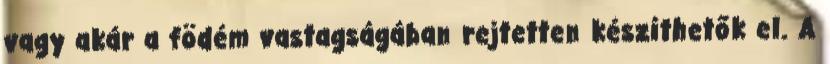
vagy akár a födém vastagságában rejtetten készíthetők el. A